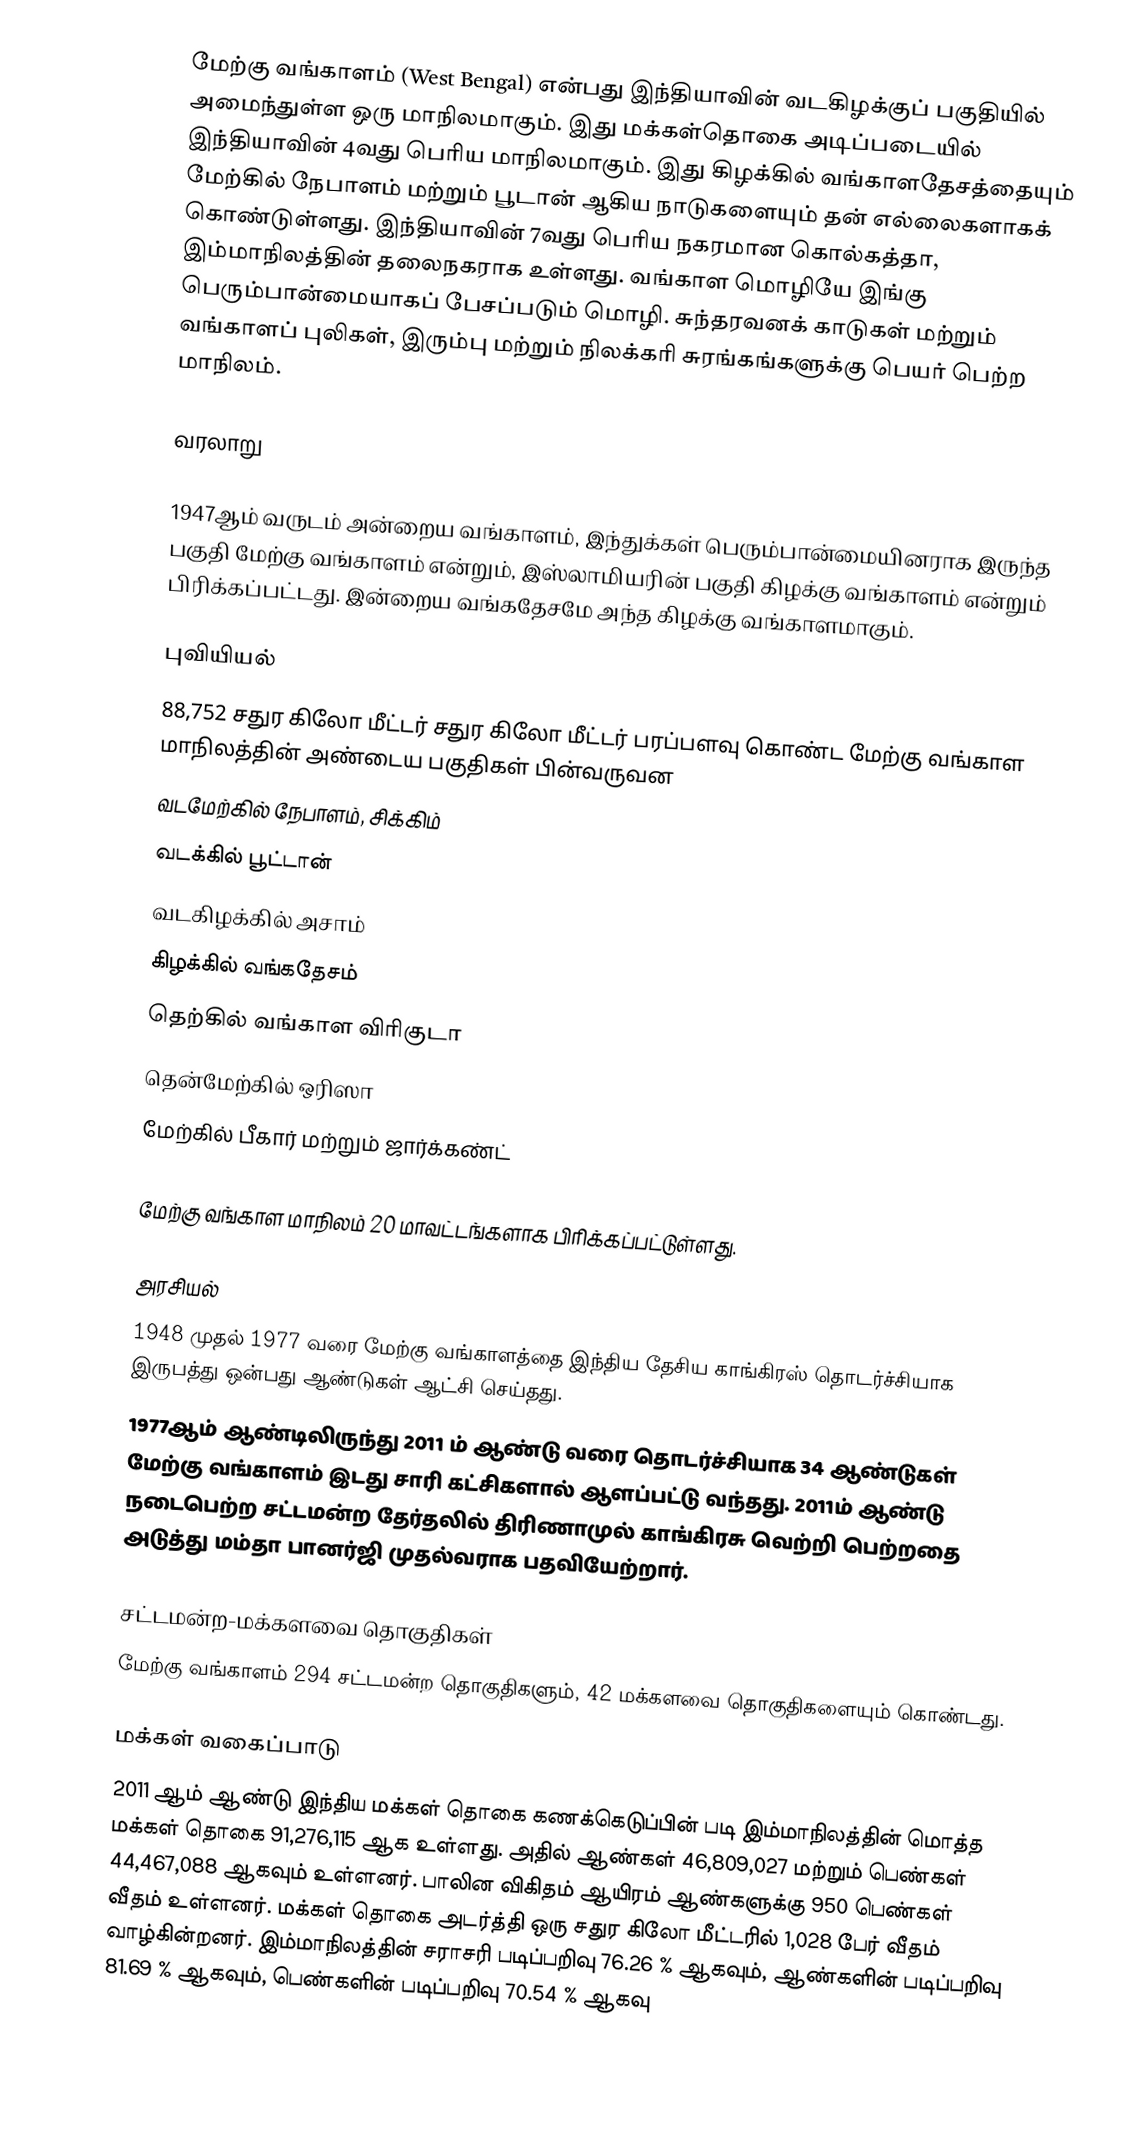
மேற்கு வங்காளம் (West Bengal) என்பது இந்தியாவின் வடகிழக்குப் பகுதியில் அமைந்துள்ள ஒரு மாநிலமாகும். இது மக்கள்தொகை அடிப்படையில் இந்தியாவின் 4வது பெரிய மாநிலமாகும். இது கிழக்கில் வங்காளதேசத்தையும் மேற்கில் நேபாளம் மற்றும் பூடான் ஆகிய நாடுகளையும் தன் எல்லைகளாகக் கொண்டுள்ளது. இந்தியாவின் 7வது பெரிய நகரமான கொல்கத்தா, இம்மாநிலத்தின் தலைநகராக உள்ளது. வங்காள மொழியே இங்கு பெரும்பான்மையாகப் பேசப்படும் மொழி. சுந்தரவனக் காடுகள் மற்றும் வங்காளப் புலிகள், இரும்பு மற்றும் நிலக்கரி சுரங்கங்களுக்கு பெயர் பெற்ற மாநிலம்.

வரலாறு

1947ஆம் வருடம் அன்றைய வங்காளம், இந்துக்கள் பெரும்பான்மையினராக இருந்த பகுதி மேற்கு வங்காளம் என்றும், இஸ்லாமியரின் பகுதி கிழக்கு வங்காளம் என்றும் பிரிக்கப்பட்டது. இன்றைய வங்கதேசமே அந்த கிழக்கு வங்காளமாகும்.

புவியியல்
88,752 சதுர கிலோ மீட்டர் சதுர கிலோ மீட்டர் பரப்பளவு கொண்ட மேற்கு வங்காள மாநிலத்தின் அண்டைய பகுதிகள் பின்வருவன
 வடமேற்கில் நேபாளம், சிக்கிம்
 வடக்கில் பூட்டான்
 வடகிழக்கில் அசாம்
 கிழக்கில் வங்கதேசம்
 தெற்கில் வங்காள விரிகுடா
 தென்மேற்கில் ஒரிஸா
 மேற்கில் பீகார் மற்றும் ஜார்க்கண்ட்

மேற்கு வங்காள மாநிலம் 20 மாவட்டங்களாக பிரிக்கப்பட்டுள்ளது.

அரசியல்
1948 முதல் 1977 வரை மேற்கு வங்காளத்தை இந்திய தேசிய காங்கிரஸ் தொடர்ச்சியாக இருபத்து ஒன்பது ஆண்டுகள் ஆட்சி செய்தது.
1977ஆம் ஆண்டிலிருந்து 2011 ம் ஆண்டு வரை தொடர்ச்சியாக 34 ஆண்டுகள் மேற்கு வங்காளம் இடது சாரி கட்சிகளால் ஆளப்பட்டு வந்தது. 2011ம் ஆண்டு நடைபெற்ற சட்டமன்ற தேர்தலில் திரிணாமுல் காங்கிரசு வெற்றி பெற்றதை அடுத்து மம்தா பானர்ஜி முதல்வராக பதவியேற்றார்.

சட்டமன்ற-மக்களவை தொகுதிகள்
மேற்கு வங்காளம் 294 சட்டமன்ற தொகுதிகளும், 42 மக்களவை தொகுதிகளையும் கொண்டது.

மக்கள் வகைப்பாடு
2011 ஆம் ஆண்டு இந்திய மக்கள் தொகை கணக்கெடுப்பின் படி இம்மாநிலத்தின் மொத்த மக்கள் தொகை 91,276,115 ஆக உள்ளது. அதில் ஆண்கள்  46,809,027 மற்றும்  பெண்கள்  44,467,088 ஆகவும் உள்ளனர். பாலின விகிதம் ஆயிரம் ஆண்களுக்கு 950 பெண்கள்  வீதம் உள்ளனர். மக்கள் தொகை அடர்த்தி ஒரு சதுர கிலோ மீட்டரில் 1,028  பேர் வீதம் வாழ்கின்றனர். இம்மாநிலத்தின் சராசரி  படிப்பறிவு 76.26 % ஆகவும், ஆண்களின் படிப்பறிவு 81.69 % ஆகவும், பெண்களின் படிப்பறிவு 70.54 % ஆகவு